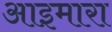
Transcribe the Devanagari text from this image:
आइमारा